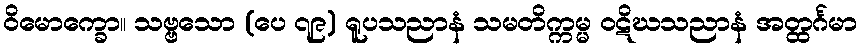
ဝိမောက္ခော။ သဗ္ဗသော (ပေ ၇၉) ရူပသညာနံ သမတိက္ကမ္မ ဝဋိဃသညာနံ အတ္ထင်္ဂမာ